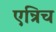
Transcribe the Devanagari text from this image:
एन्रिच